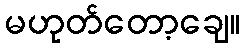
မဟုတ်တော့ချေ။